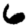
Digit: 6